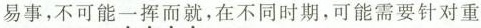
易事，不可能\underset{·}{一}\underset{·}{挥}\underset{·}{而}\underset{·}{就}，在不同时期，可能需要针对重